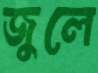
জুলে